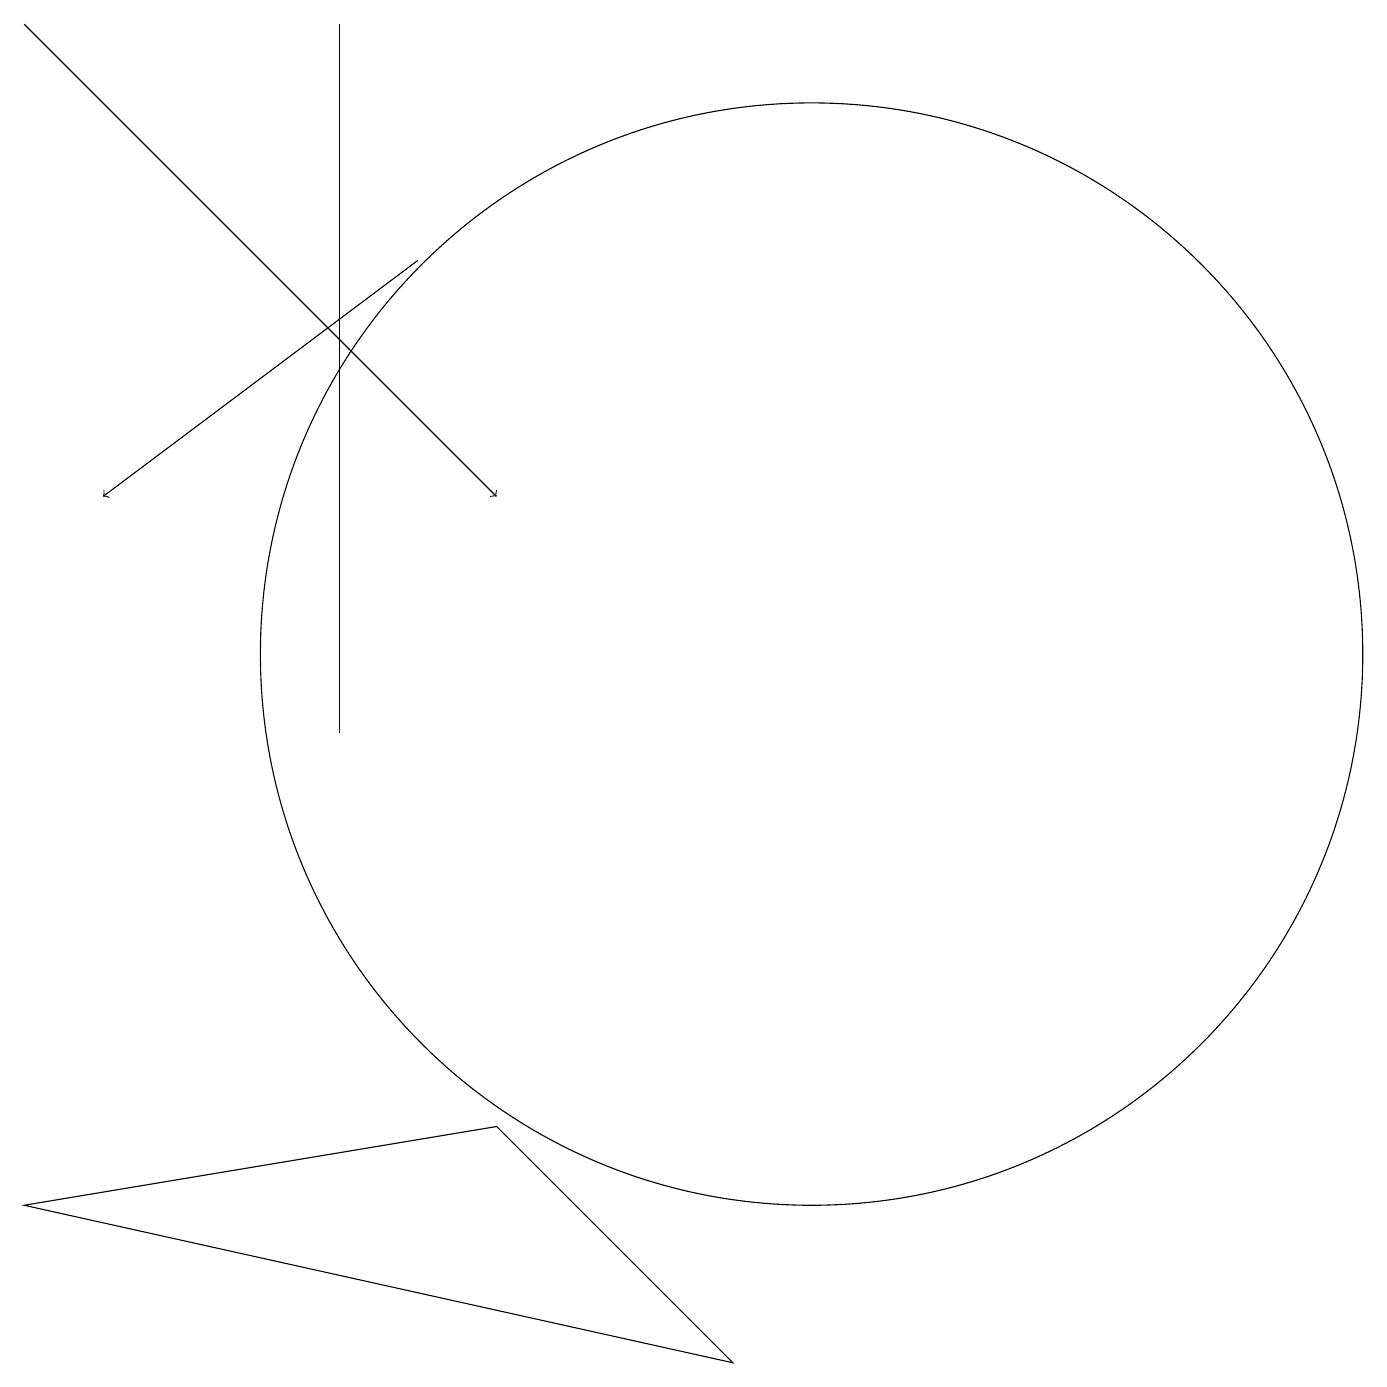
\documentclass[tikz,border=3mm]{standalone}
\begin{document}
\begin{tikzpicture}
\draw (10,11) circle (7);
\draw (4,19) rectangle (4,10);
\draw (0,4) -- (6,5) -- (9,2) -- cycle;
\draw[->] (5,16) -- (1,13);
\draw[->] (0,19) -- (6,13);
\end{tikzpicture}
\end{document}